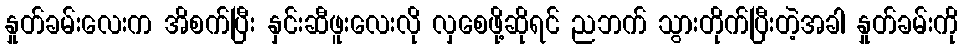
နှုတ်ခမ်းလေးက အိစက်ပြီး နှင်းဆီဖူးလေးလို လှစေဖို့ဆိုရင် ညဘက် သွားတိုက်ပြီးတဲ့အခါ နှုတ်ခမ်းကို